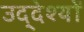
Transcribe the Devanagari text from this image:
उद्‌देश्यों